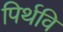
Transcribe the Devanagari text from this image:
पिर्थवि